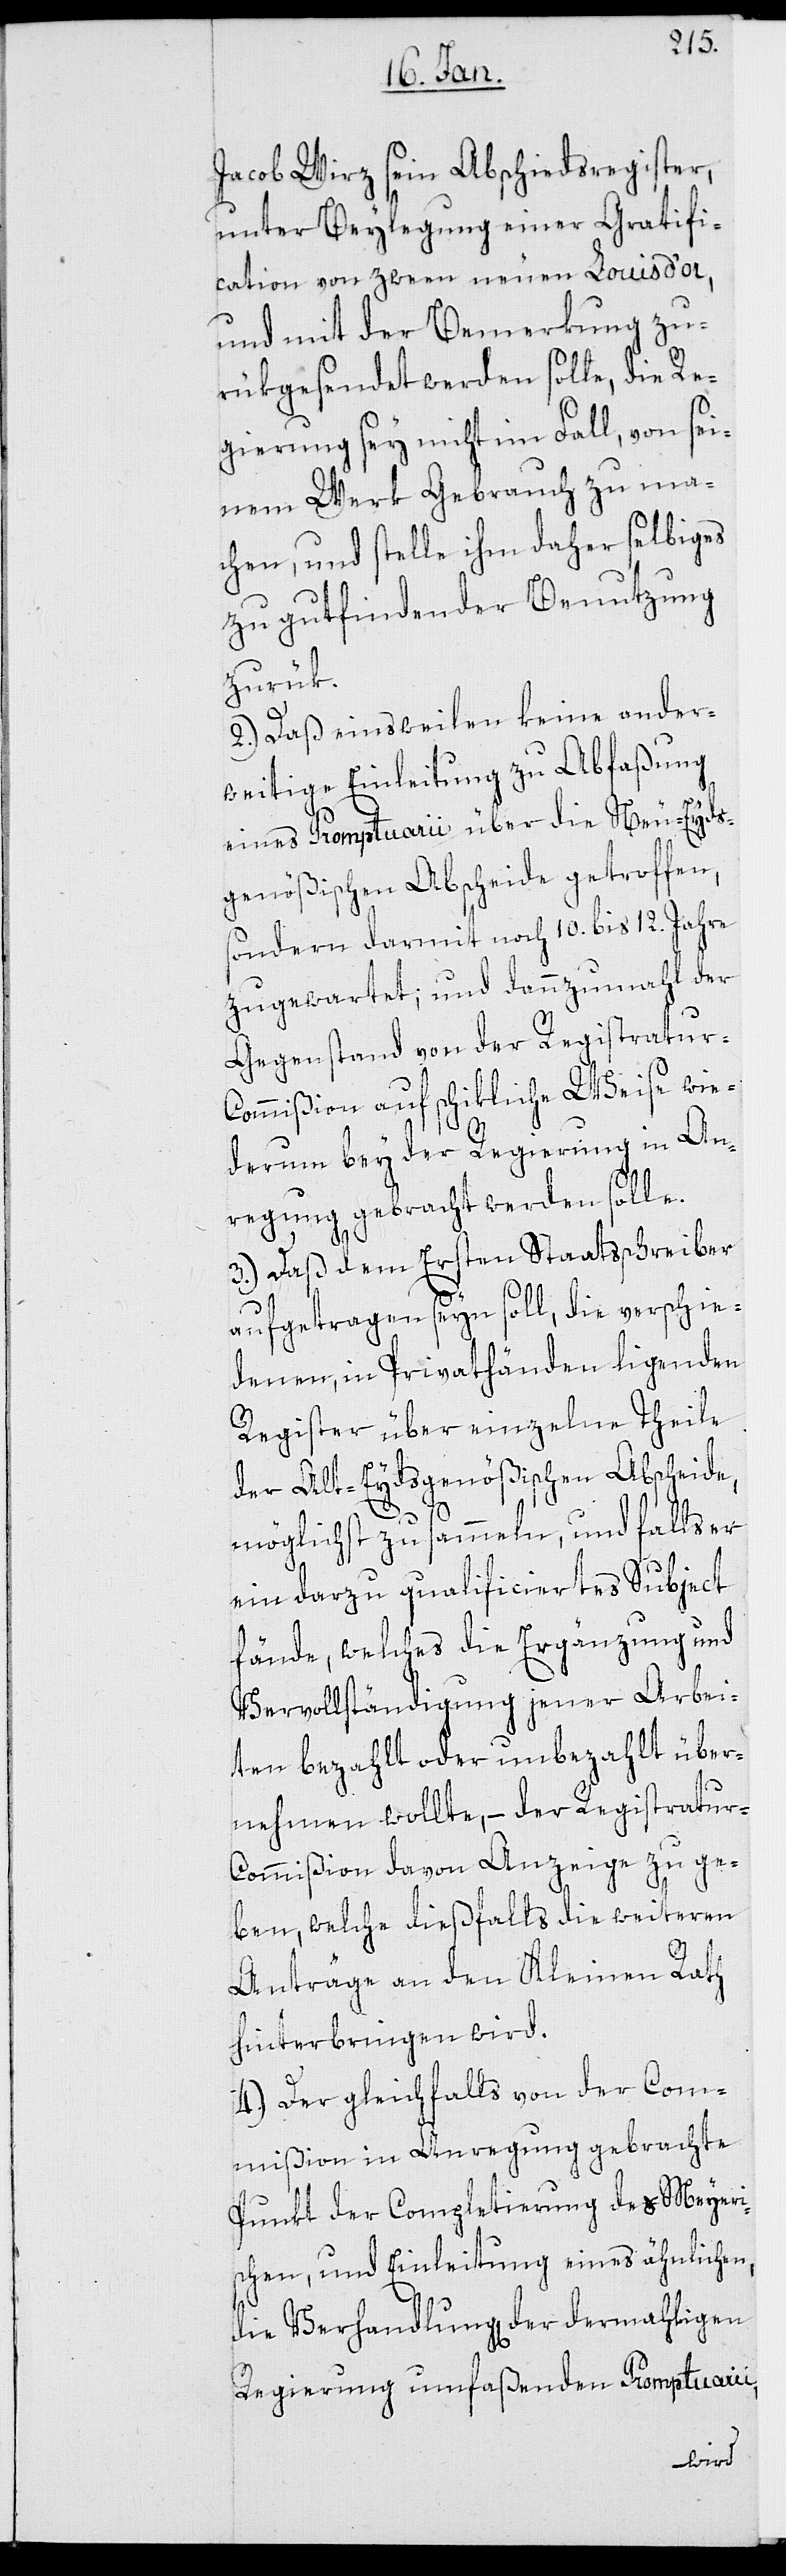
Jacob Wirz sein Abschiedsregister,
unter Beylegung einer Gratifi¬
cation von zween neuen Louis d’or,
und mit der Bemerkung zu¬
rükgesendet werden solle, die Re¬
gierung sey nicht im Fall, von sei¬
nem Werk Gebrauch zu ma¬
chen, und stelle ihm daher selbiges
zu gutfindender Benutzung
zurük.
2.) Daß einsweilen keine ander¬
weitige Einleitung zu Abfaßung
eines Promptuarii über die Neu-Eyds¬
genößischen Abscheide getroffen,
sondern darmit noch 10. bis 12. Jahre
zugewartet; und dannzumahl der
Gegenstand von der Registratur-C¬
ommißion auf schikliche Weise wie¬
derum bey der Regierung in An¬
regung gebracht werden solle.
3.) Daß dem Ersten Staatsschreiber
aufgetragen seyn soll, die verschie¬
denen, in Privathänden ligenden
Register über einzelne Theile
der Alt-Eydsgenößischen Abscheide,
möglichst zu sammeln, und falls er
ein darzu qualificiertes Subject
fände, welches die Ergänzung und
Vervollständigung jener Arbei¬
ten bezahlt oder unbezahlt über¬
nehmen wollte, – der Registratu¬
r-Commißion davon Anzeige zu ge¬
ben, welche dießfalls die weiteren
Anträge an den Kleinen Rath
hinterbringen wird.
4.) Der gleichfalls von der Com¬
mißion in Anregung gebrachte
Punkt der Completierung des Meyeri¬
schen, und Einleitung eines ähnlichen,
die Verhandlung[en] der dermahligen
Regierung umfaßenden Promptuarii,